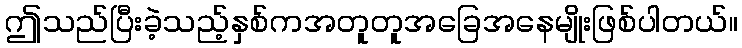
ဤသည်ပြီးခဲ့သည့်နှစ်ကအတူတူအခြေအနေမျိုးဖြစ်ပါတယ်။